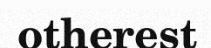
otherest